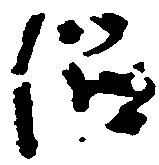
侶